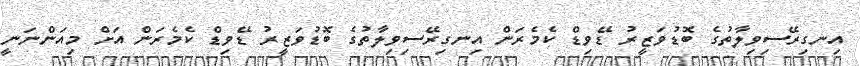
އިނގިރޭސިވިލާތުގެ ބޮޑުވަޒީރު ޑޭވިޑް ކެމެރަން އިނގިރޭސިވިލާތުގެ ބޮޑުވަޒީރު ޑޭވިޑް ކެމެރަން އަށް މިއަންނަނީ